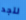
لتجد